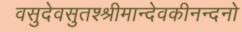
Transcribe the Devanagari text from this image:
वसुदेवसुतश्श्रीमान्देवकीनन्दनो